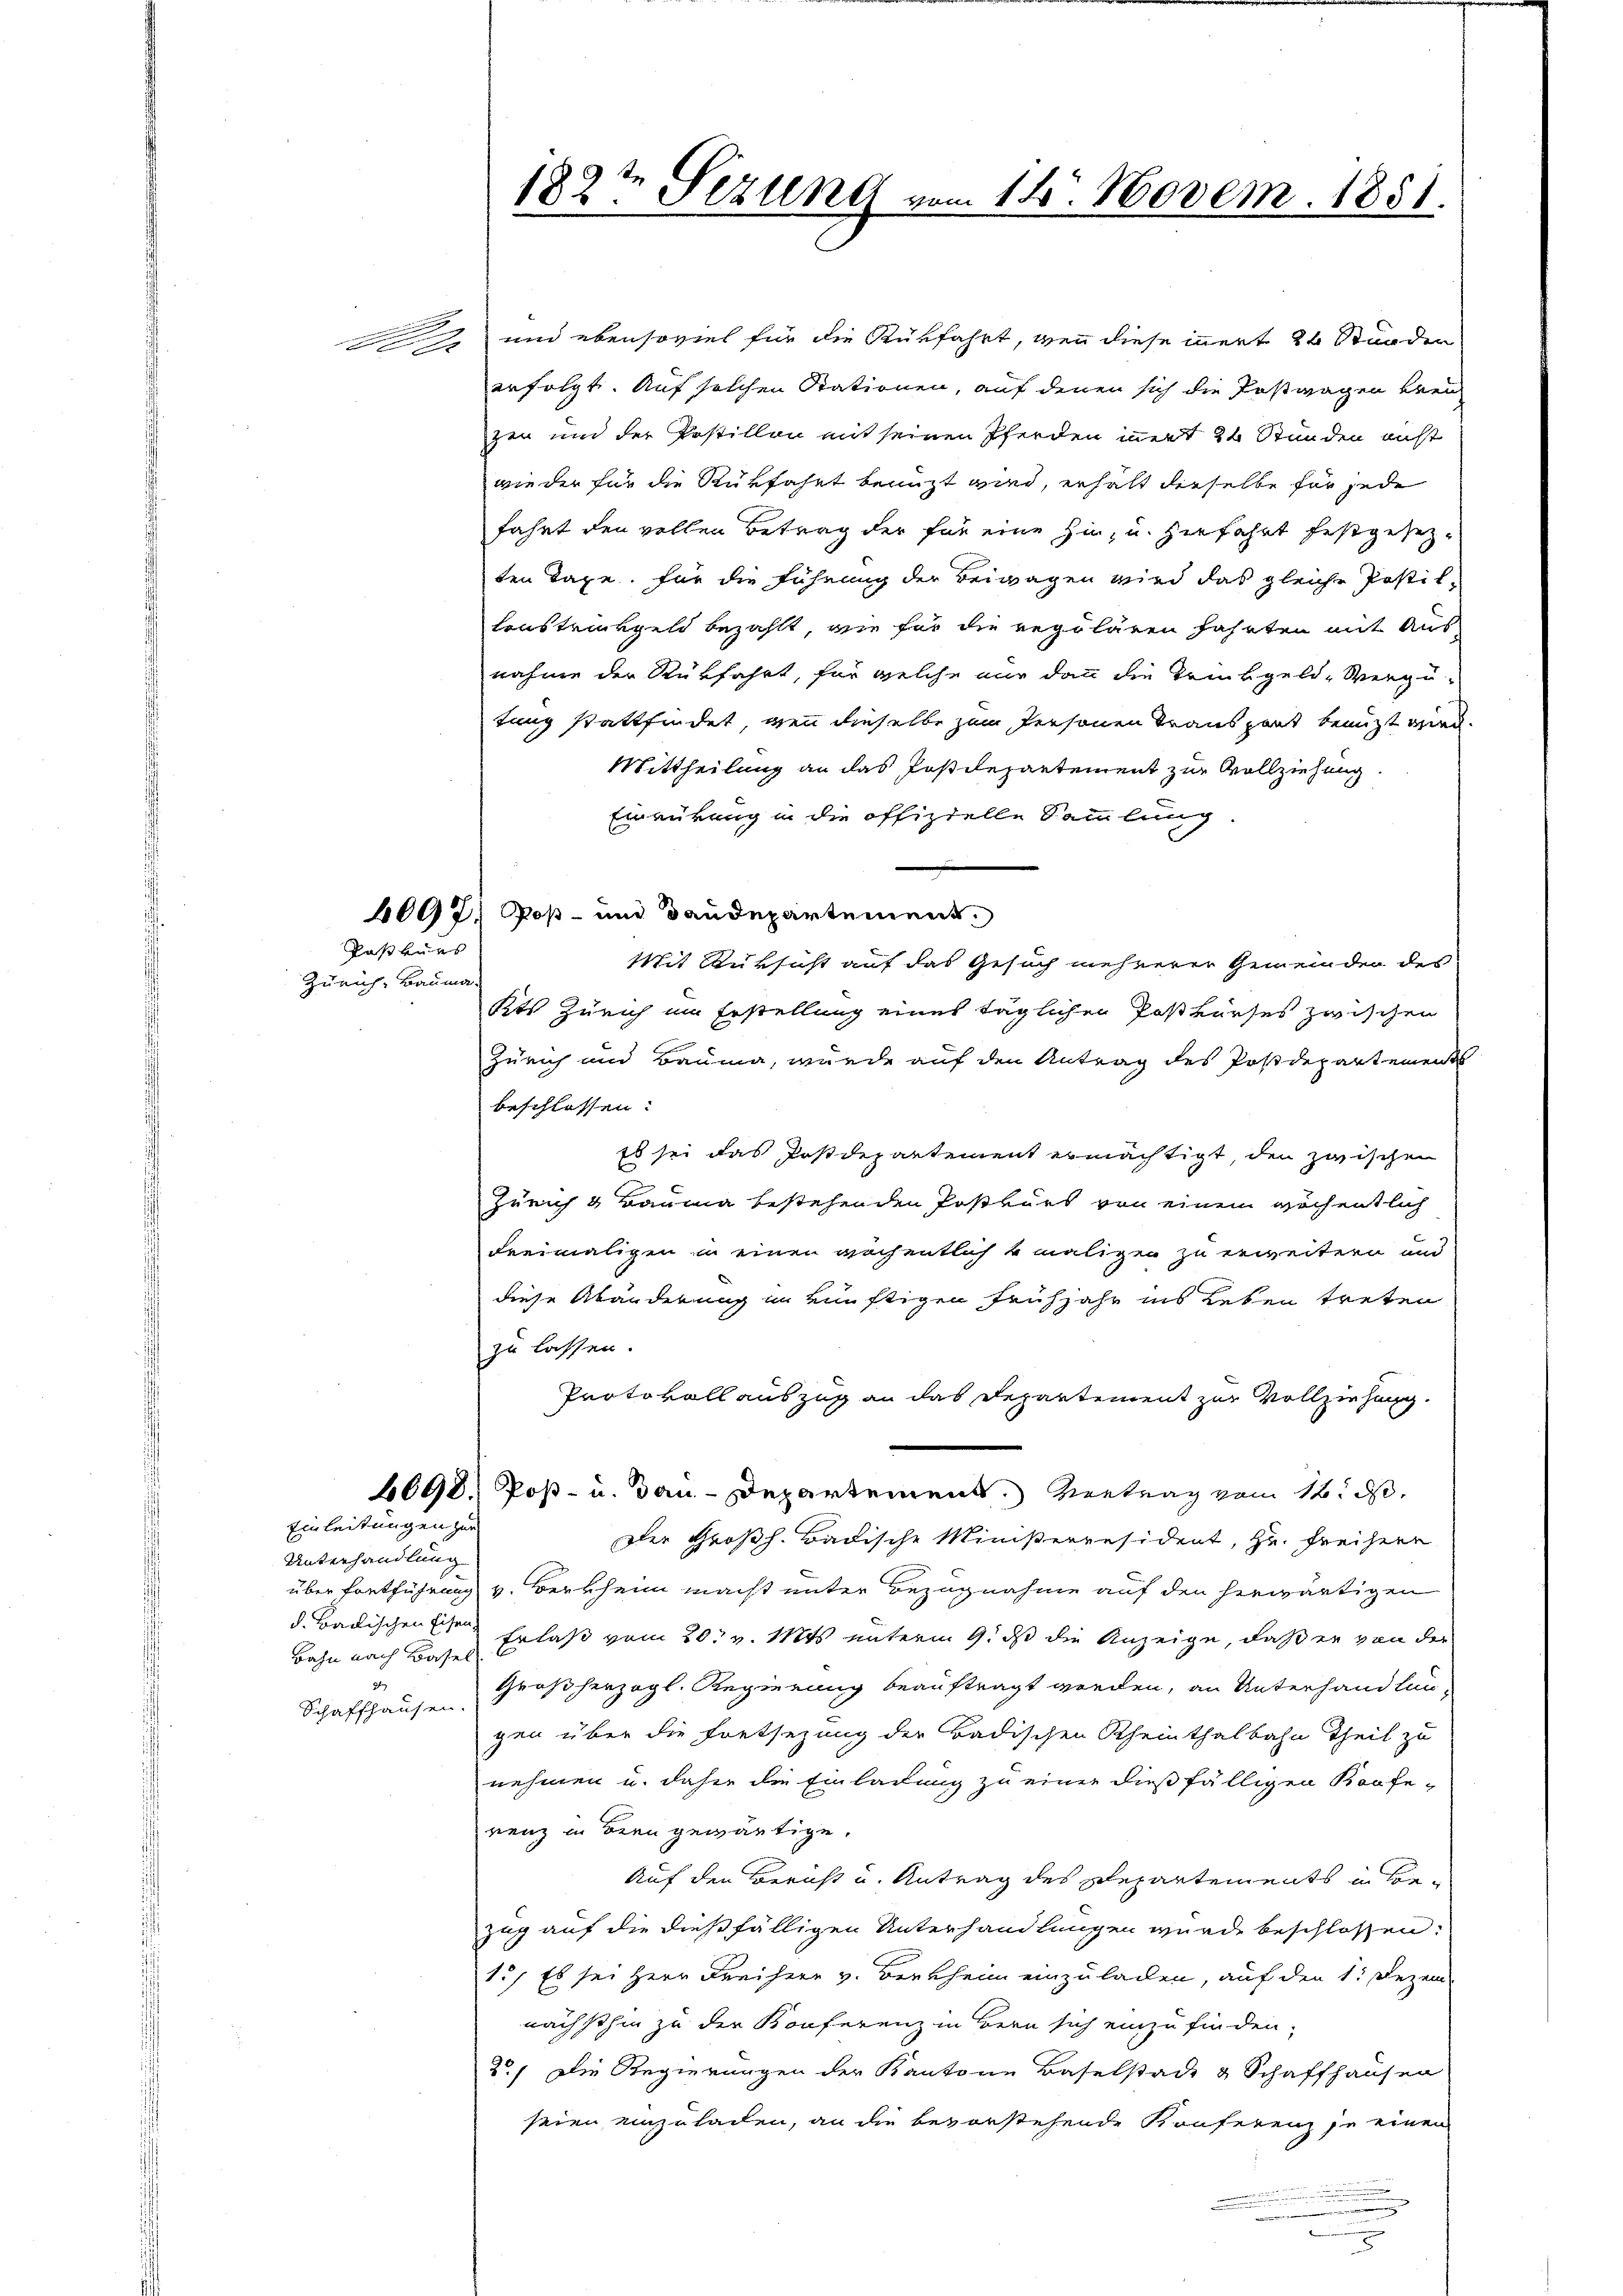
2x

Kaskurs
Zürich, Bauma.

Unterhandlung
d. Badischen Eisen,
Bahn nach Basel
u
Schaffhausen.

n

Einleitungen zur

182te Sezung vom 14. Novem. 1851.

und ebensoviel für die Rückfahrt, wenn diese innert 24 Stunder
erfolgt. Auf solchen Stationen, auf denen sich die Postwagen brei
zen und der Postillon mit seinen Pferden innert 24 Stunden nicht
wieder für die Rückfahrt benuzt wird, erhalt dieselbe für jede
fahrt den vollen Betrag der für eine hin, u. zerfahrt festgesezten Tage. Für die Führung der Beiwagen wird das gleiche Postil-
lenstrückgeld bezahlt, wie für die regulären Fahrten mit Aus
nahme der Rückfahrt, für welche nur dann die Trinkgeld-Verzu-
tung stattfindet, von dieselbe zum Personen Transport benuzt wird.
Mittheilung an das Postdepartement zur Vollziehung.
Einmütung in die offizielle Sammlung.
4097. Poß- und Baudepartement.
Mit Rüksicht auf das Gesuch mehrerer Gemeinden des
Kts Zürich im Erstellung eines täglicher Postkurses zwischen
Zürich und Bauma, wurde auf den Antrag des Postdepartements
beschlossen:
Eb sei das Postdepartement ermächtigt, den zwischen
Zürich 4 Bauma bestehenden Postkurs von einem wöchentlich
Freimaligen in einen röchentlich 4 maligen zu erweitern und
diese Abänderung im künftigen Frühjahr ins Leben treten
zu lassen.
Protokoll auszug an das Departement zur Vollziehung.
4098. Post- u. Bau-Departement. Vertrag vom 16. d.
Der Großh. Badische Ministerresident, Hr. Freiherr
über fortführung v. Berkheim macht unter Bezugnahme auf den herwärtigen
Erlaß vom 20. v. Mts. unterm 9. ds die Anzeige, daß er von der
Großherzogl. Regierung beauftragt werden, an Unterhandlun-
gen über die Fretsezung der Badischen Rheinthalbahn Theil zu
nehmen u. daher die Einladung zu einer dießfälligen Konfe-
renz in Bern gewärtige.
Auf den Bericht u. Antrag des Departements in Bezug auf die dießfälligen Unterhandlungen wurde beschlossen:
1.) Es sei Herr Freiherr v. Berkheim einzuladen, auf den 1. Dezem
nachsthin zu der Konferenz in Bern sich einzufinden,
20) Die Regierungen der Kantone Baselstadt & Schaffhausen
seien einzuladen, an die bevorstehende Konferenz je einen
n